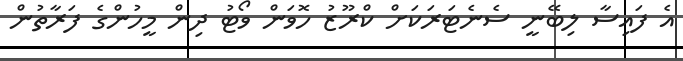
އެ ފައިސާ ލިބޭނީ ސެނެޓަރަކަށް ކްރޫޒު ހޮވަން ވޯޓު ދިން މީހުންގެ ފަރާތުން